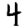
Digit: 4